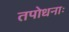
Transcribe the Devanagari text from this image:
तपोधनाः